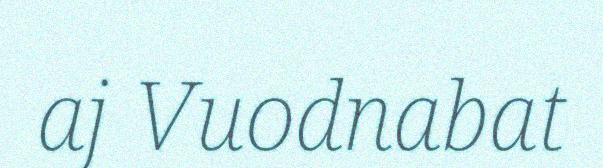
aj Vuodnabat